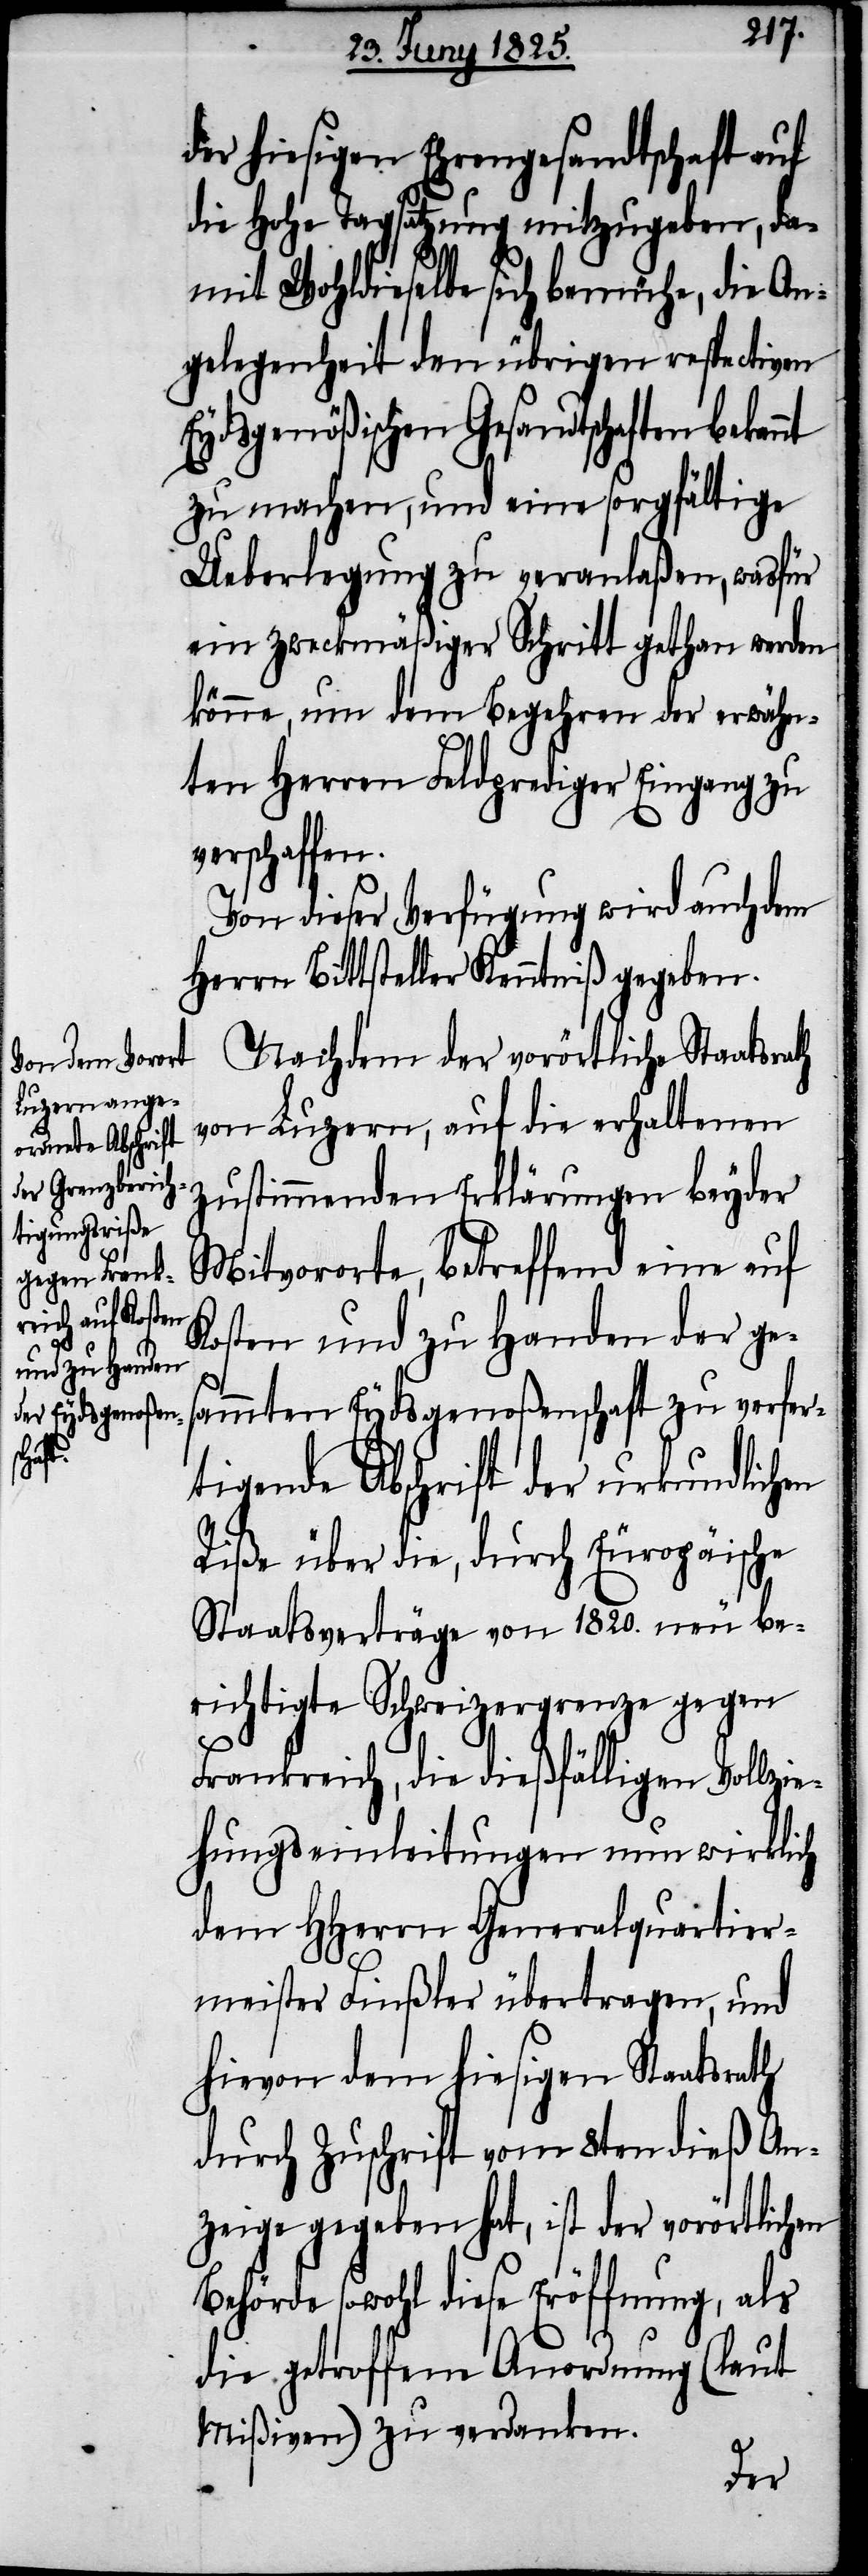
nt

der hiesigen Ehrengesandtschaft auf
die Hohe Tagsatzung mitzugeben, da¬
mit Wohldieselbe sich bemühe, die An¬
gelegenheit den übrigen respectiven
Eydsgenößischen Gesandtschaften bekan¬
zu machen, und eine sorgfältige
Ueberlegung zu veranlaßen, was für
ein zweckmäßiger Schritt gethan werden
könne, um dem Begehren der erwähn¬
ten Herren Feldprediger Eingang zu
verschaffen.
Von dieser Verfügung wird auch dem
Herrn Bittsteller Kenntniß gegeben.
Nachdem der vorörtliche Staatsrath
von Luzern, auf die erhaltenen
zustimmenden Erklärungen beyder
Mitvororte, betreffend eine auf
Kosten und zu Handen der ge¬
sammten Eydsgenoßenschaft zu verfer¬
tigende Abschrift der urkundlichen
Riße über die, durch Europäische
Staatsverträge von 1820. neu be¬
richtigte Schweizergrenze gegen
Frankreich, die dießfälligen Vollzie¬
hungseinleitungen nun wirklich
dem HHerrn Generalquartier¬
meister Finßler übertragen, und
hievon dem hiesigen Staatsrath
durch Zuschrift vom 8ten dieß An¬
zeige gegeben hat, ist der vorörtlichen
Behörde sowohl diese Eröffnung, als
die getroffene Anordnung (lt.
Mißiven) zu verdanken.